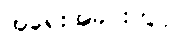
အရေးအခင်းတွင်